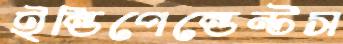
ইন্ডিপেন্ডেন্টস